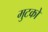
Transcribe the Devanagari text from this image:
मुटको